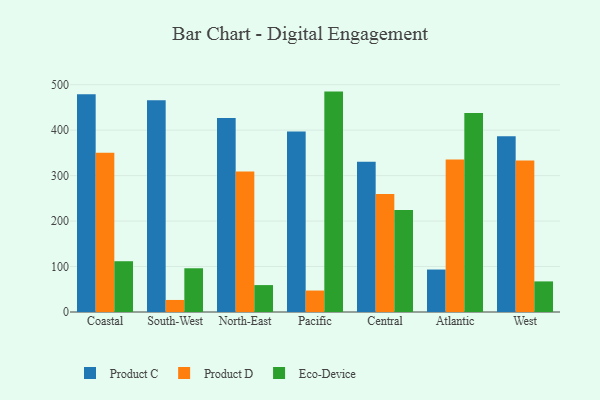
{"axis": {"x": "Region", "y": "Inventory Turnover"}, "legend": ["Eco-Device", "Product C", "Product D"], "data": [{"x": "Coastal", "y": 478.7, "type": "Product C"}, {"x": "Coastal", "y": 350.2, "type": "Product D"}, {"x": "Coastal", "y": 111.7, "type": "Eco-Device"}, {"x": "South-West", "y": 465.6, "type": "Product C"}, {"x": "South-West", "y": 26.5, "type": "Product D"}, {"x": "South-West", "y": 96.2, "type": "Eco-Device"}, {"x": "North-East", "y": 426.7, "type": "Product C"}, {"x": "North-East", "y": 309.0, "type": "Product D"}, {"x": "North-East", "y": 59.2, "type": "Eco-Device"}, {"x": "Pacific", "y": 397.0, "type": "Product C"}, {"x": "Pacific", "y": 47.2, "type": "Product D"}, {"x": "Pacific", "y": 484.8, "type": "Eco-Device"}, {"x": "Central", "y": 330.3, "type": "Product C"}, {"x": "Central", "y": 259.7, "type": "Product D"}, {"x": "Central", "y": 224.5, "type": "Eco-Device"}, {"x": "Atlantic", "y": 93.4, "type": "Product C"}, {"x": "Atlantic", "y": 335.7, "type": "Product D"}, {"x": "Atlantic", "y": 438.0, "type": "Eco-Device"}, {"x": "West", "y": 386.5, "type": "Product C"}, {"x": "West", "y": 333.2, "type": "Product D"}, {"x": "West", "y": 67.3, "type": "Eco-Device"}]}